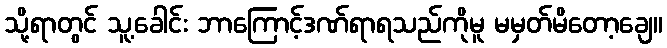
သို့ရာတွင် သူ့ခေါင်း ဘာကြောင့်ဒဏ်ရာရသည်ကိုမူ မမှတ်မိတော့ချေ။